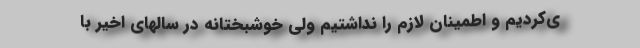
ی‌کردیم و اطمینان لازم را نداشتیم ولی خوشبختانه در سالهای اخیر با